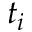
t _ { i }